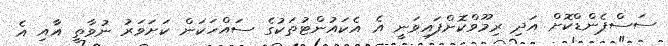
ސަސްޕެންޑްކޮށް އަދި ރިމޫވްކޮށްފައިވަނީ އެ އެކައުންޓުތަކުގެ ސައްހަކަން ކަށަވަރު ނުވާތީ އާއި އެ